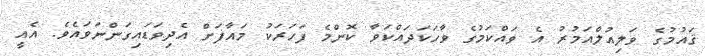
ޤައުމުގެ ވަލިއުލްއަމުރު އެ ވައްކަމުގެ ވާހަކަދައްކަވާ ކޮންމެ ފަހަރަކު މައާފަށް އެދިވަޑައިގަންނަވައެވެ. އެއީ